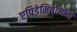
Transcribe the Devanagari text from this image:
एपिडेमियोलॉजी